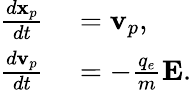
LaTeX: \begin{array}{rl}{\frac{d\mathbf{x}_{p}}{dt}}&{{}=\mathbf{v}_{p},}\\ {\frac{d\mathbf{v}_{p}}{dt}}&{{}=-\frac{q_{e}}{m}\mathbf{E}.}\end{array}